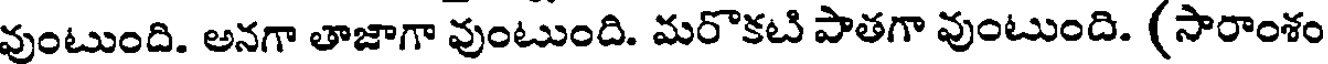
వుంటుంది. అనగా తాజాగా వుంటుంది. మరొకటి పాతగా వుంటుంది. (సారాంశం